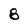
Character: 8